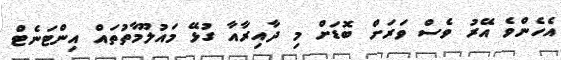
އެހެންވެ އޭރު ވެސް ވަރަށް ބޮޑަށް މި ދާއިރާއާ ގުޅޭ މައުލޫމާތުތައް އިންޓަނެޓް